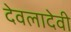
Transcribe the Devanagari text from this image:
देवलादेवी